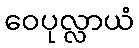
ဝေပုလ္လာယံ